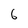
Character: 6